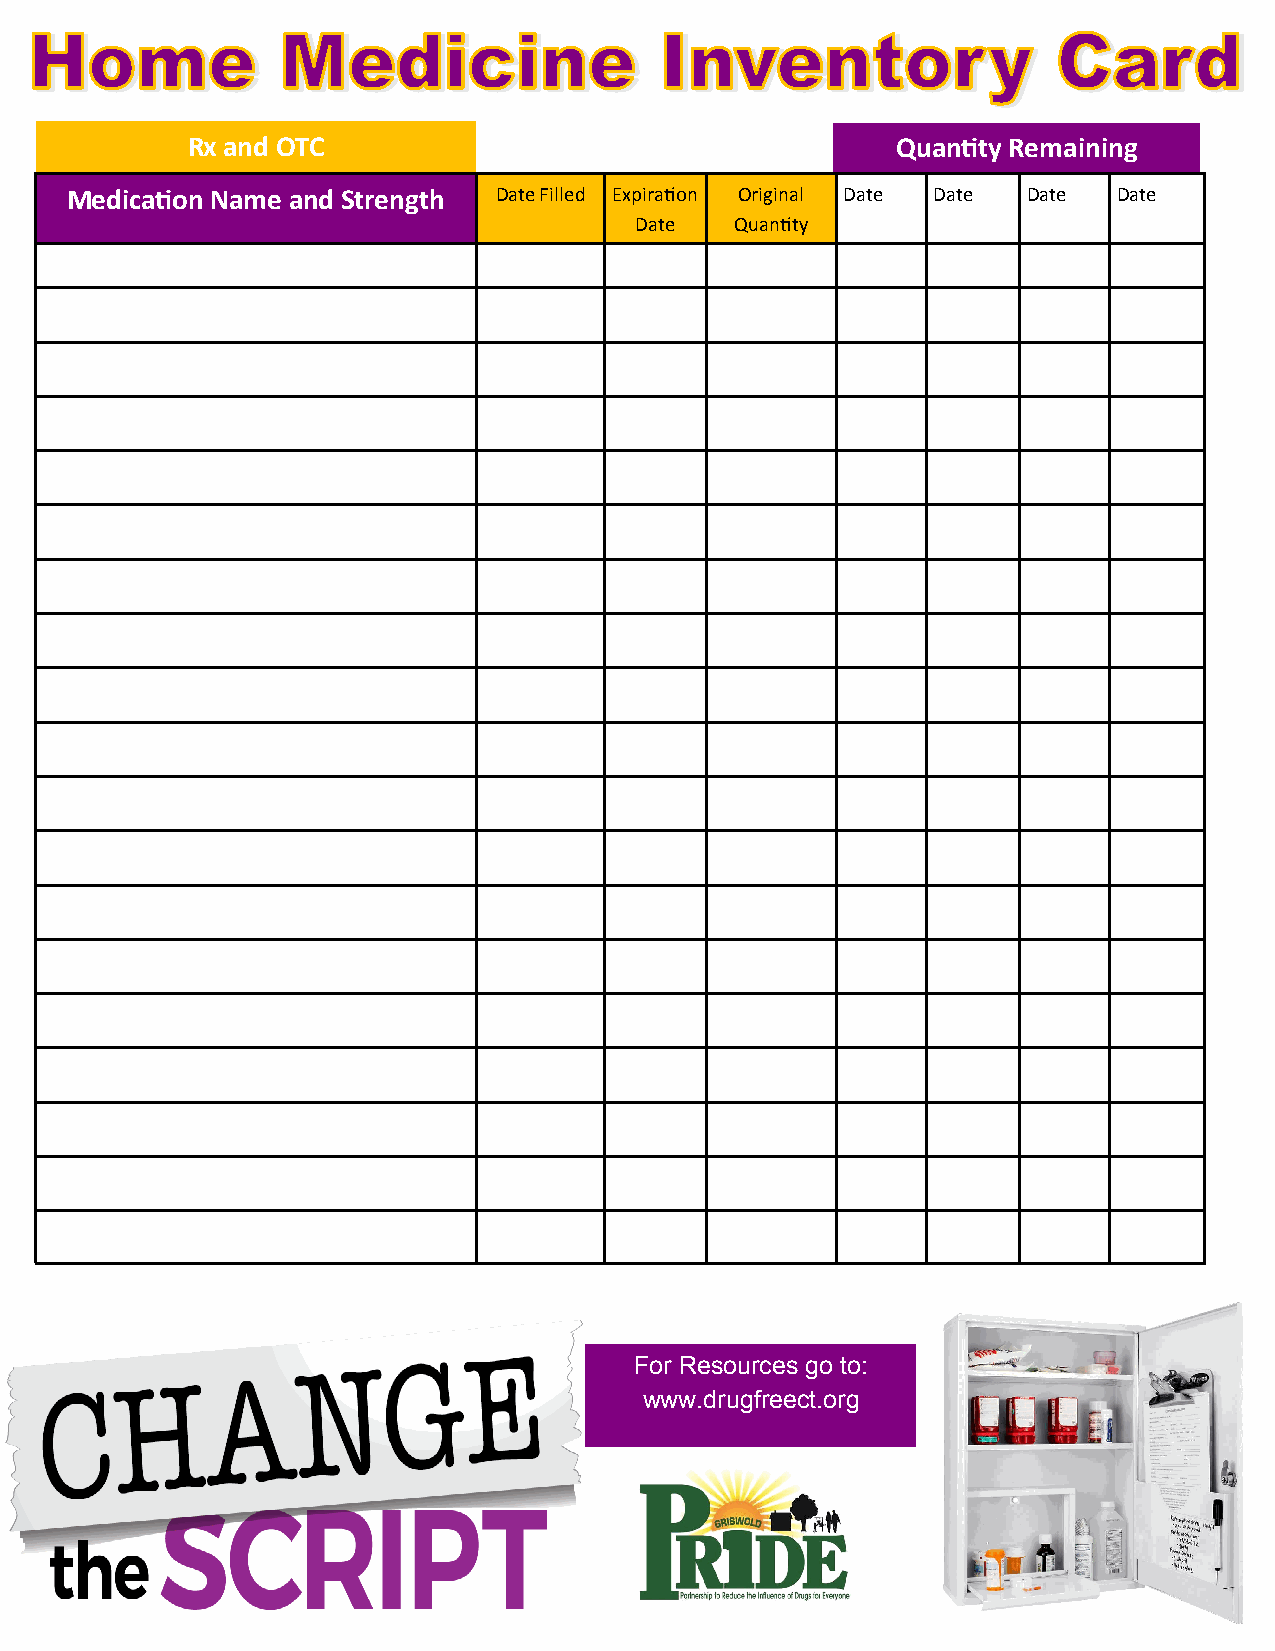
Rx and OTC                                     Quantity Remaining
 Medication Name and Strength Date Filled Expiration Original Date Date Date Date
 Date   Quantity
 For Resources go to:
 www.drugfreect.org